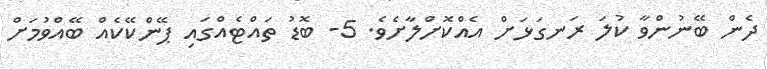
ދެން ބޭނުންވާ ކުލަ ރަނގަޅަށް އެއްކޮށްލާށެވެ. 5- ބޮޑު ތައްޓެއްގައި ޕޭންކޭކެއް ބޭއްވުމަށް